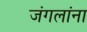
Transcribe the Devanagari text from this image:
जंगलांना